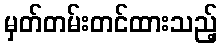
မှတ်တမ်းတင်ထားသည့်